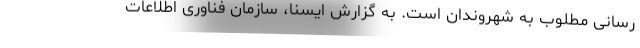
‌رسانی مطلوب به شهروندان است. به گزارش ایسنا، سازمان فناوری اطلاعات